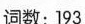
词数:193